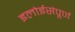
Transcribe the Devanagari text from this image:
इलोईसंपूर्ण